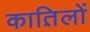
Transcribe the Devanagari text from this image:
कात़िलों